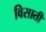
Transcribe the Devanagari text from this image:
विसाती